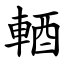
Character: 輏